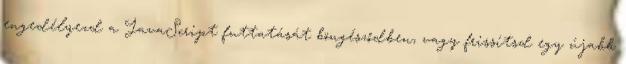
engedélyezd a JavaScript futtatását böngésződben, vagy frissítsd egy újabb